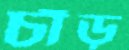
চাঁড়